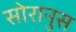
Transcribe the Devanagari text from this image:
सोरानुस